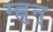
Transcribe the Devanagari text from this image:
म्ह्नुन्